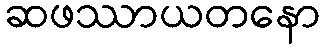
ဆဖဿာယတနော